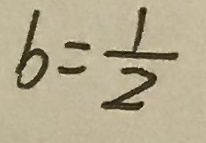
b = \frac { 1 } { 2 }